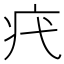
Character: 𤴵